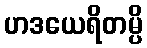
ဟဒယေရိတမ္ပိ